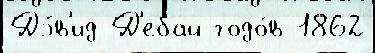
Дэ́в'ид Д'ебай годо́в 1862